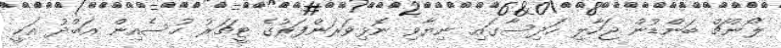
ލޯންޗް ބަންޑުން ޖަހާލި ހަދިސާގައި ނިޔާވި ނޮޅިވަރަންފަރުގެ ޓީޗަރު ހުސެއިން އަބްދު އަކީ